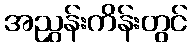
အညွှန်းကိန်းတွင်